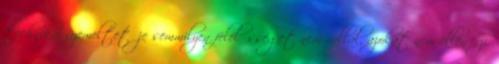
technikai üzemeltetője semmilyen felelősséget nem vállal, azokat nem ellenőrzi.